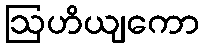
ဩဟိယျကော